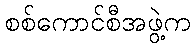
စစ်ကောင်စီအဖွဲ့က